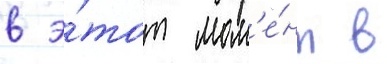
в э́тот мом'е́нт в